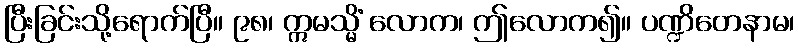
ပြီးခြင်းသို့ရောက်ပြီ။ ၉၈၊ ဣမသ္မိံ လောက၊ ဤလောက၍။ ပဏ္ဍိတေနာမ၊